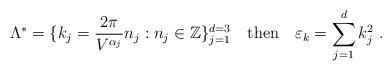
LaTeX: \begin{align*}\Lambda ^{\ast }= \{k_{j}= \frac{2\pi }{V^{{\alpha_{j}}}}n_{j} : n_{j}\in \mathbb{Z} \}_{j=1}^{d=3}\ \ \ {\rm{then}} \ \ \ \varepsilon _{k}= \sum_{j=1}^{d} {k_{j}^2} \ .\end{align*}